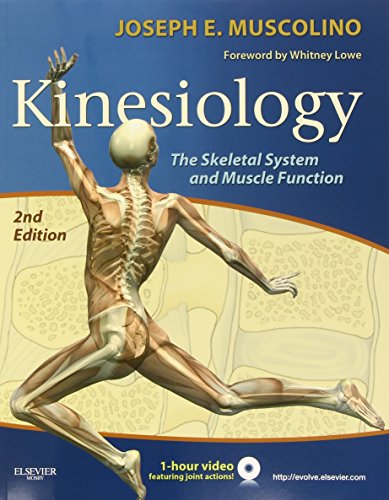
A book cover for Kinesiology: The Skeletal System and Muscle Function, 2e; Joseph E. Muscolino DC; Medical Books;